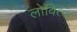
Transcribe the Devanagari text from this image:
लोवित्ज